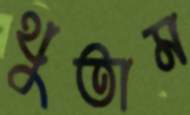
থুতাম